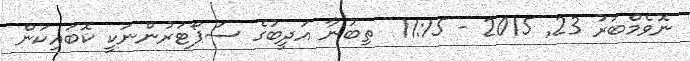
ނޮވެމްބަރު 23